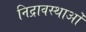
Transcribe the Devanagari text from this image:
निद्रावस्थाओं